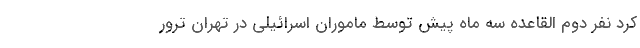
کرد نفر دوم القاعده سه ماه پیش توسط ماموران اسرائیلی در تهران ترور